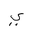
Letter: _ya